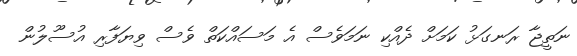
ނަތީޖާ ރަނގަޅު ކަމަށް ދެއްކި ނަމަވެސް އެ މަސައްކަތް ވެސް ވިޔަފާރި އުސޫލުން